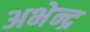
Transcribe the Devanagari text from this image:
अभेन्द्र